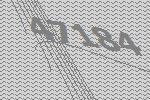
47184